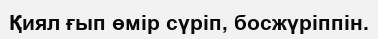
Қиял ғып өмір сүріп, босжүріппін.